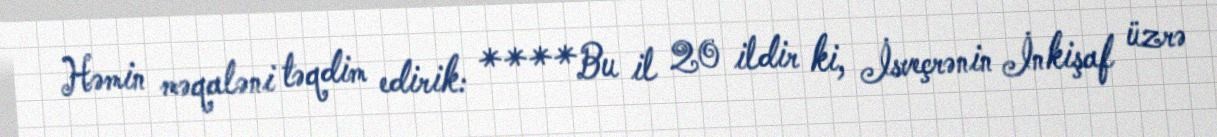
Həmin məqaləni təqdim edirik: ****Bu il 20 ildir ki, İsveçrənin İnkişaf üzrə